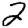
Digit: 2